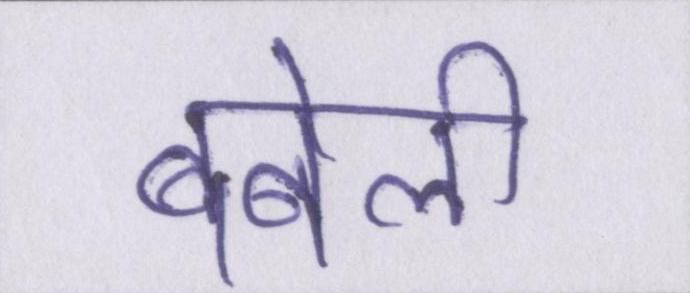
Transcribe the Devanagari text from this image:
बबेली